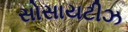
સોસાયટીઝ